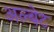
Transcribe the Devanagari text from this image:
अल्बेट